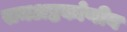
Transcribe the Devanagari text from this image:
समअष्टकोणीय